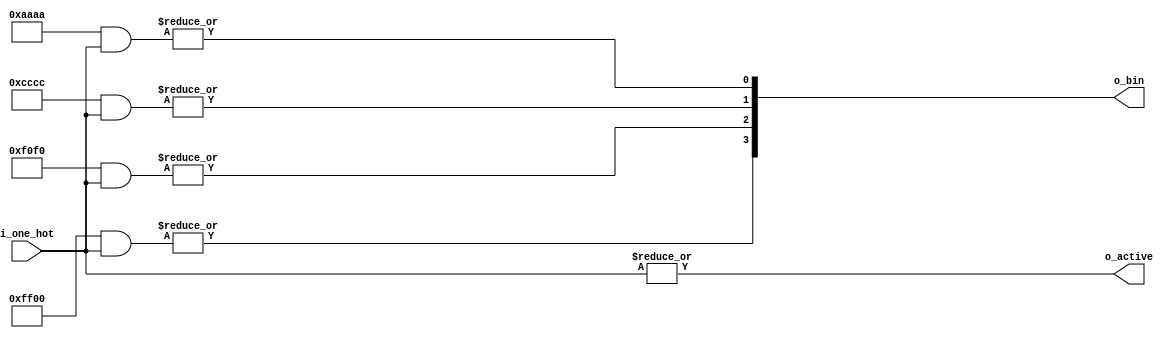
module enc_param (i_one_hot, o_bin, o_active);

parameter ONEHOT_WIDTH = 16;
parameter BIN_WIDTH = $clog2(ONEHOT_WIDTH);

input   [ONEHOT_WIDTH-1:0]  i_one_hot;
output  [BIN_WIDTH-1:0]     o_bin;
output                      o_active;

genvar i,j;

assign o_active = |i_one_hot;

generate
	for (j=0; j<BIN_WIDTH; j=j+1)
	begin : jl
		wire [ONEHOT_WIDTH-1:0] tmp_mask;
		for (i=0; i<ONEHOT_WIDTH; i=i+1)
		begin : il
			assign tmp_mask[i] = i[j];
		end
		assign o_bin[j] = |(tmp_mask & i_one_hot);
	end
endgenerate

endmodule